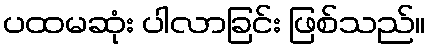
ပထမဆုံး ပါလာခြင်း ဖြစ်သည်။